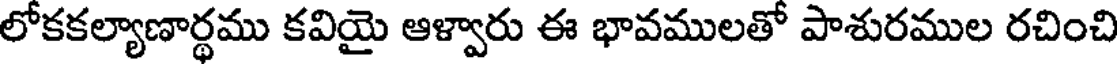
లోకకల్యాణార్థము కవియై ఆళ్వారు ఈ భావములతో పాశురముల రచించి